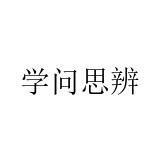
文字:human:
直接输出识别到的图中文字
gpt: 学问思辨